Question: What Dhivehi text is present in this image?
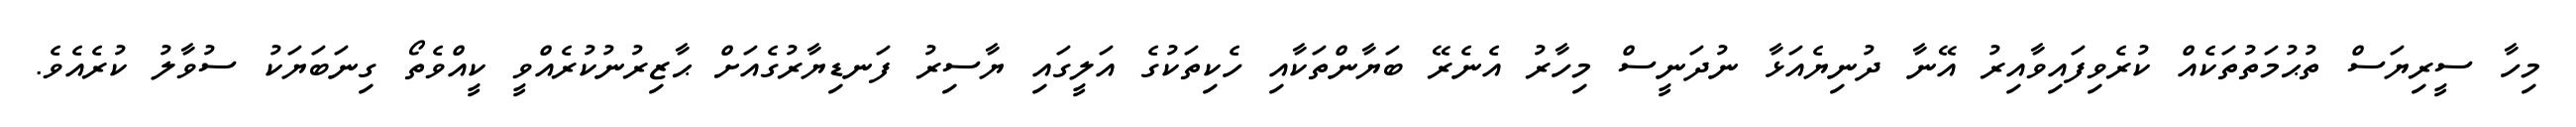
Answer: މިހާ ސީރިޔަސް ތުޙުމަތުތަކެއް ކުރެވިފައިވާއިރު އޭނާ ދުނިޔެއަޅާ ނުދަނީސް މިހާރު އެނެރޭ ބަޔާންތަކާއި ހެކިތަކުގެ އަލީގައި ޔާސިރު ފަނޑިޔާރުގެއަށް ޙާޒިރުނުކުރެއްވީ ކީއްވެތޯ ގިނަބަޔަކު ސުވާލު ކުރެއެވެ.